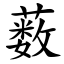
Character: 薮